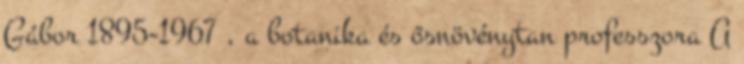
Gábor 1895-1967 , a botanika és ősnövénytan professzora A